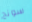
سونج